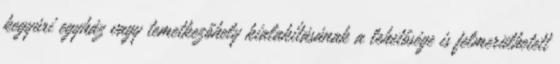
kegyúri egyház vagy temetkezőhely kialakításának a lehetősége is felmerülhetett